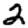
Digit: 2